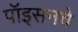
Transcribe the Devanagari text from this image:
पॉइसनचे